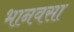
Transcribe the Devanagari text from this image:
भानवसा